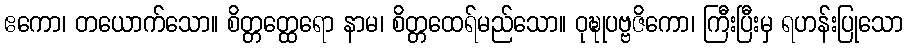
ဧကော၊ တယောက်သော။ စိတ္တတ္ထေရော နာမ၊ စိတ္တထေရ်မည်သော။ ဝုဍ္ဎုပဗ္ဗဇိကော၊ ကြီးပြီးမှ ရဟန်းပြုသော